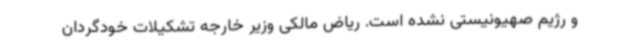
و رژیم صهیونیستی نشده است. ریاض مالکی وزیر خارجه تشکیلات خودگردان